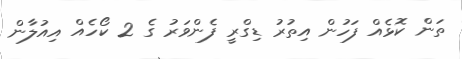
ތަން ކޮޅެއް ފަހުން އިތުރު ޑިގްރީ ފެންވަރު ގެ 2 ކޯހެއް އިއުލާން